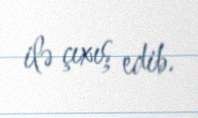
ilə çıxış edib.